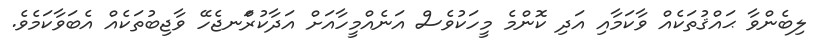
ލިބެންވާ ޙައްޤުތަކެއް ވާކަމާއި އަދި ކޮންމެ މީހަކުވެސް އަނެއްމީހާއަށް އަދާކުރަްނޖެހޭ ވާޖިބުތަކެއް އެބަވާކަމެވެ.